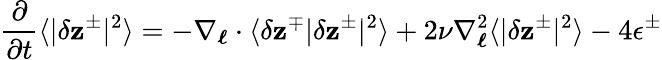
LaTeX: \frac{\partial}{\partial t}\langle|\delta\mathbf{z}^{\pm}|^{2}\rangle=-\mathbf{\nabla}_{\boldsymbol{\ell}}\cdot\langle\delta\mathbf{z}^{\mp}|\delta\mathbf{z}^{\pm}|^{2}\rangle+2\nu\nabla_{\boldsymbol{\ell}}^{2}\langle|\delta\mathbf{z}^{\pm}|^{2}\rangle-4\epsilon^{\pm}